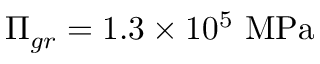
\Pi _ { g r } = 1 . 3 \times 1 0 ^ { 5 } ~ \mathrm { M P a }